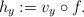
LaTeX: \begin{align*}h_y:=v_y\circ f.\end{align*}